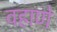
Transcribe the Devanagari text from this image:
वहाणे